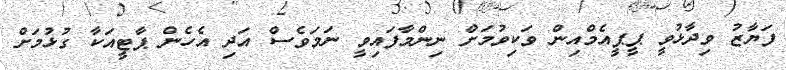
ފަޔާޒު ވިދާޅުވީ ޕީޕީއެމްއިން ވަކިވުމަށް ނިންމާފައިވީ ނަމަވެސް އަދި އެހެން ޕާޓީއަކާ ގުޅުމަށް